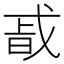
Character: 𭟴